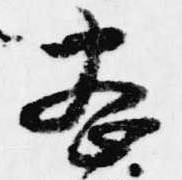
密